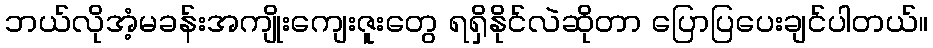
ဘယ်လိုအံ့မခန်းအကျိုးကျေးဇူးတွေ ရရှိနိုင်လဲဆိုတာ ပြောပြပေးချင်ပါတယ်။